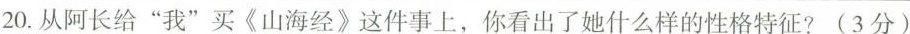
20.从阿长给“我”买《山海经》这件事上，你看出了她什么样的性格特征?(3分)